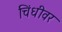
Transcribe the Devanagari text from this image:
चिंधीवर